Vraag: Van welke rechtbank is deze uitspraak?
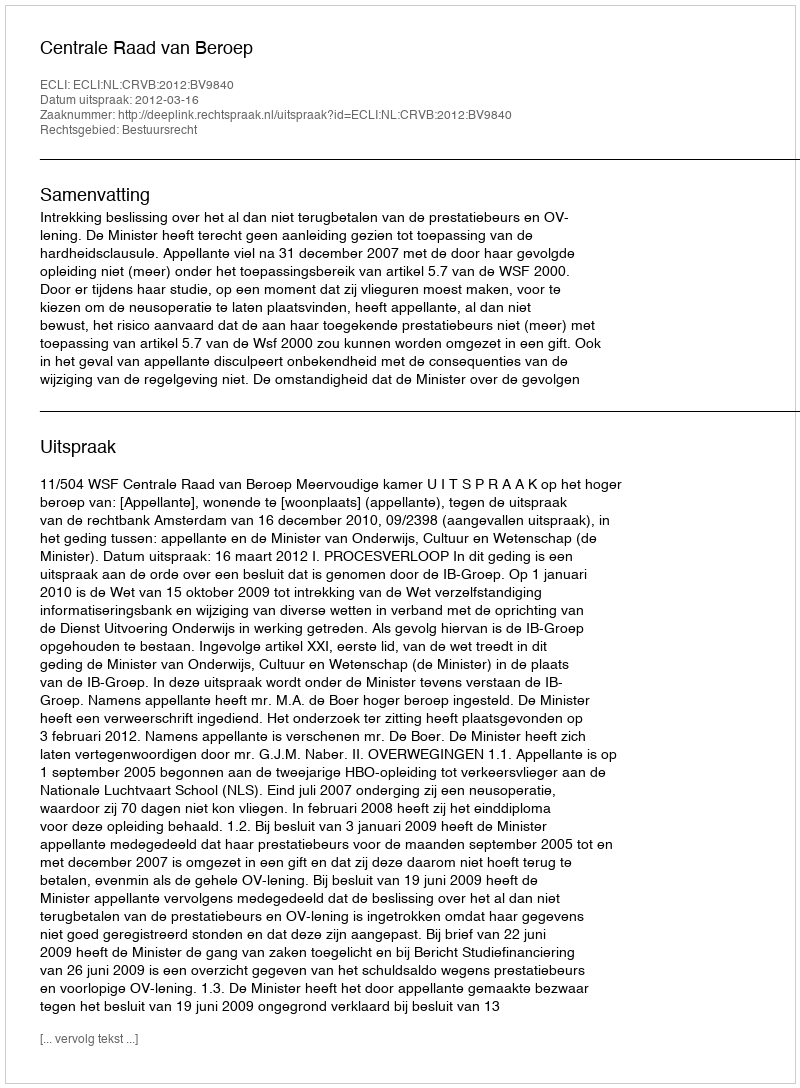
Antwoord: Centrale Raad van Beroep